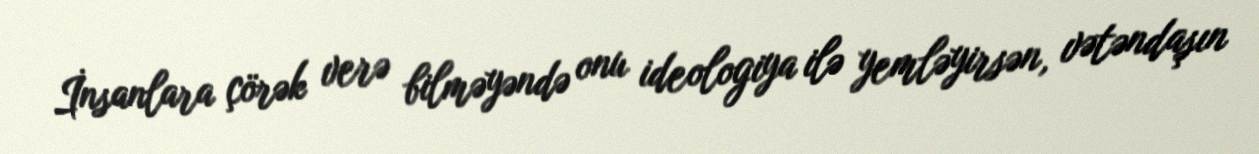
İnsanlara çörək verə bilməyəndə onu ideologiya ilə yemləyirsən, vətəndaşın